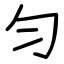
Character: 匀